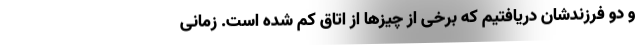
و دو فرزندشان دریافتیم که برخی از چیزها از اتاق کم شده است. زمانی